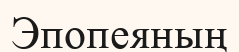
Эпопеяның